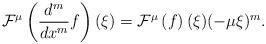
LaTeX: \begin{align*} \mathcal{F}^\mu\left(\frac{d^m}{dx^m}f\right)(\xi) = \mathcal{F}^\mu\left(f\right)(\xi)(-\mu\xi)^m.\end{align*}